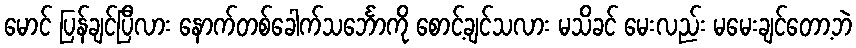
မောင် ပြန်ချင်ပြီလား နောက်တစ်ခေါက်သင်္ဘောကို စောင့်ချင်သလား မသိခင် မေးလည်း မမေးချင်တော့ဘဲ